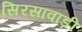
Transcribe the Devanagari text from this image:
सिरसावाड़ी